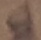
Text: S